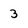
Character: 3